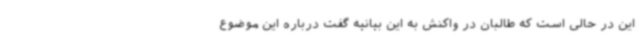
این در حالی است که طالبان در واکنش به این بیانیه گفت درباره این موضوع